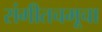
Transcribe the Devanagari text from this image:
संगीतचमूचा